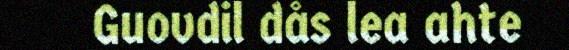
Guovdil dås lea ahte